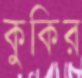
কুকির